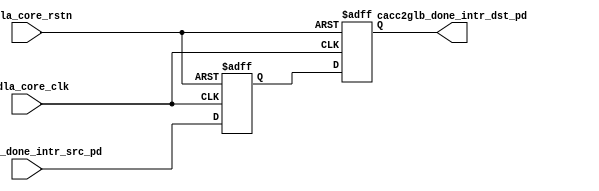
// ================================================================
// NVDLA Open Source Project
// 
// Copyright(c) 2016 - 2017 NVIDIA Corporation.  Licensed under the
// NVDLA Open Hardware License; Check "LICENSE" which comes with 
// this distribution for more information.
// ================================================================


module NV_NVDLA_RT_cacc2glb (
   nvdla_core_clk
  ,nvdla_core_rstn
  ,cacc2glb_done_intr_src_pd
  ,cacc2glb_done_intr_dst_pd
  );

//
// NV_NVDLA_RT_cacc2glb_ports.v
// DO NOT EDIT, generated by ness version 2.0, backend=verilog
//
// Command: /home/ip/shared/inf/ness/2.0/38823533/bin/run_ispec_backend verilog nvdla_all.nessdb defs.touch-verilog -backend_opt '--nogenerate_io_capture' -backend_opt '--generate_ports'
input  nvdla_core_clk;
input  nvdla_core_rstn;

//<-- cacc2glb_done_intr_src clk=nvdla_core_clk flow=none ctype=nvdla_glb_intr_source_t c_hdr=nvdla_glb_intr_source_iface.h
input [1:0] cacc2glb_done_intr_src_pd;

output [1:0] cacc2glb_done_intr_dst_pd;

wire [1:0] cacc2glb_done_intr_pd_d0;
reg  [1:0] cacc2glb_done_intr_pd_d1;
reg  [1:0] cacc2glb_done_intr_pd_d2;



assign cacc2glb_done_intr_pd_d0 = cacc2glb_done_intr_src_pd;


always @(posedge nvdla_core_clk or negedge nvdla_core_rstn) begin
  if (!nvdla_core_rstn) begin
    cacc2glb_done_intr_pd_d1 <= {2{1'b0}};
  end else begin
  cacc2glb_done_intr_pd_d1 <= cacc2glb_done_intr_pd_d0;
  end
end


always @(posedge nvdla_core_clk or negedge nvdla_core_rstn) begin
  if (!nvdla_core_rstn) begin
    cacc2glb_done_intr_pd_d2 <= {2{1'b0}};
  end else begin
  cacc2glb_done_intr_pd_d2 <= cacc2glb_done_intr_pd_d1;
  end
end


assign cacc2glb_done_intr_dst_pd = cacc2glb_done_intr_pd_d2;



endmodule // NV_NVDLA_RT_cacc2glb